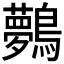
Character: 𪇓